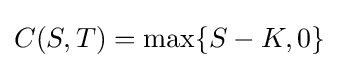
C(S,T)=\max\{S-K,0\}